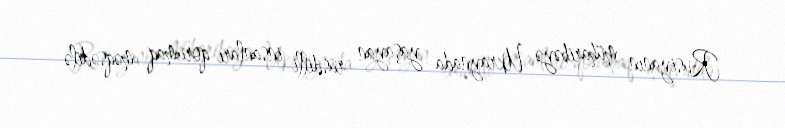
Rusiyanın müharibəyə Ukraynada yaşayan rusdilli insanları qorumaq məqsədilə